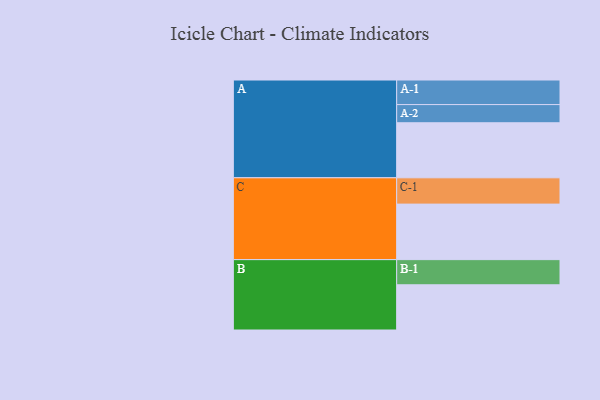
{"axis": {"x": "Segment", "y": "Value"}, "legend": ["", "A", "B", "C"], "data": [{"x": "A", "y": 582, "type": ""}, {"x": "B", "y": 478, "type": ""}, {"x": "C", "y": 587, "type": ""}, {"x": "A-1", "y": 260, "type": "A"}, {"x": "A-2", "y": 192, "type": "A"}, {"x": "B-1", "y": 266, "type": "B"}, {"x": "C-1", "y": 278, "type": "C"}]}